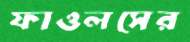
ফাওলসের